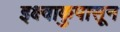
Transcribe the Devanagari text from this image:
इक्ष्वाकुपासून